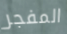
المفجر